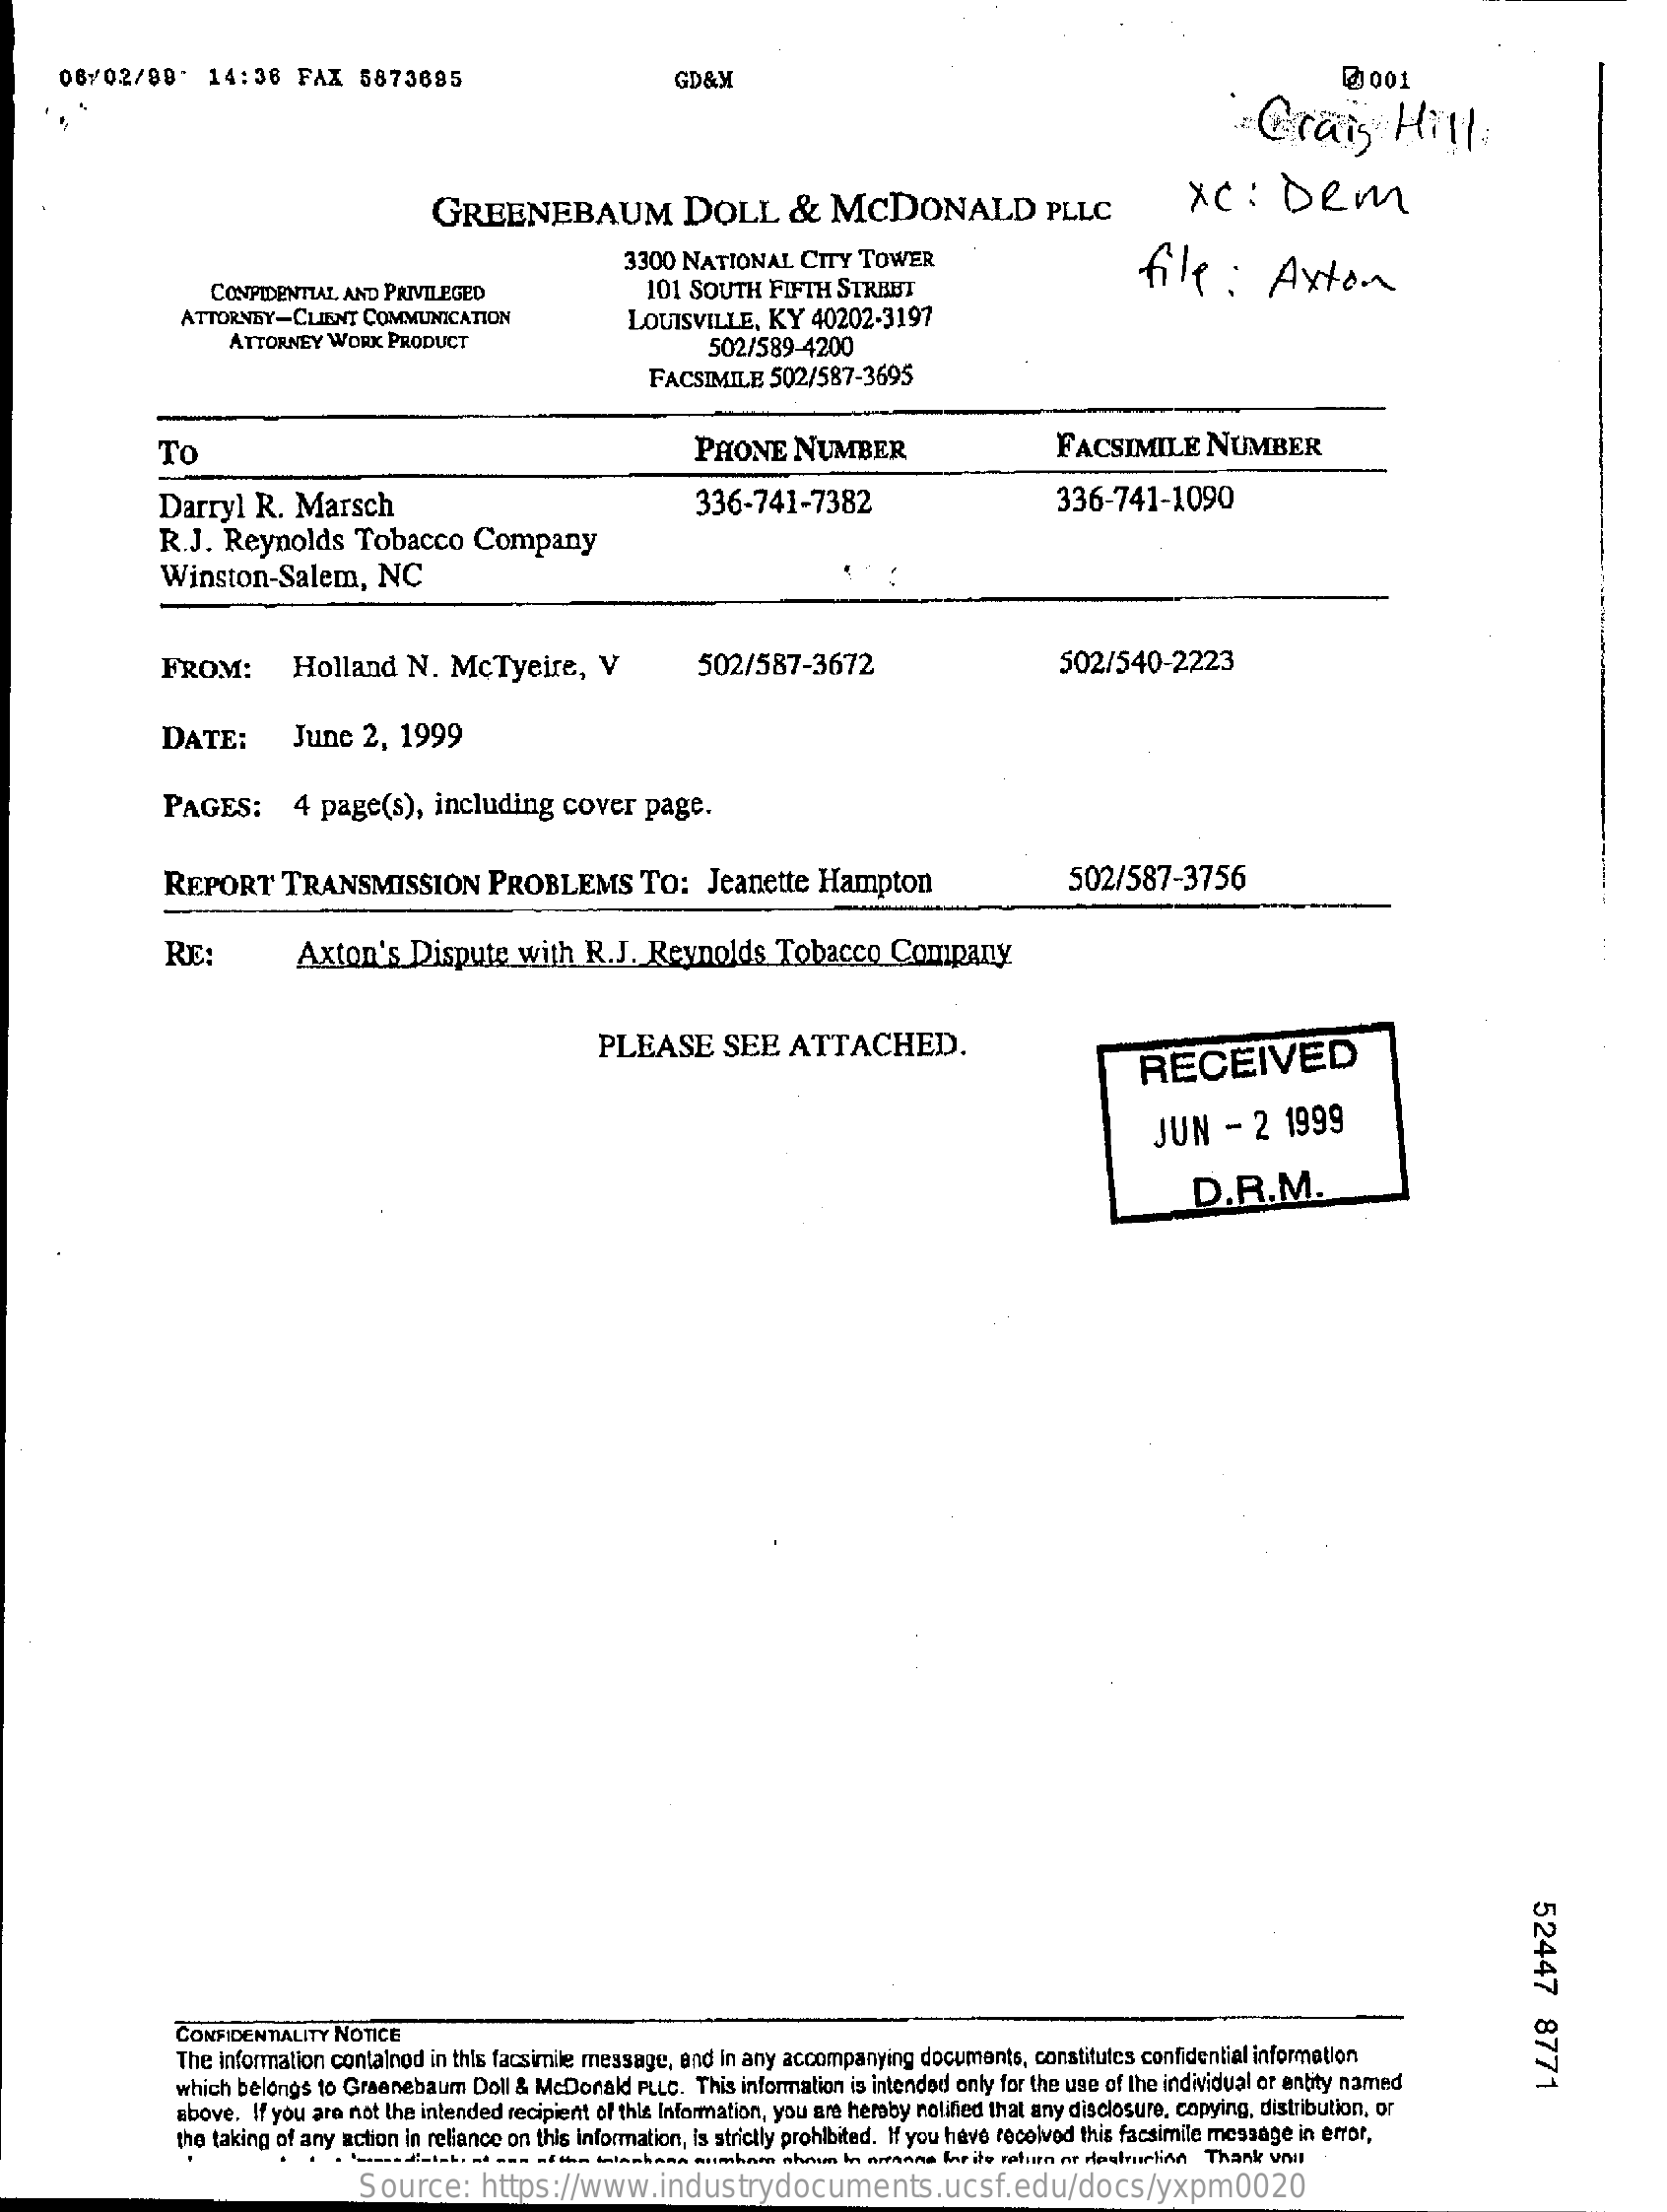
06/02/98"    14:36    FAX   5873685    GD&M    2001
     Craig    Hill
     GREENEBAUM    DOLL    &   MCDONALD    PLLC    XC   :   DRM
     3300 NATIONAL    CITY TOWER    file    :  Axton
     CONFIDENTIAL AND PRIVILEGED    101 SOUTH   FIFTH STREET
     ATTORNEY-CLIENT COMMUNICATION
     ATTORNEY WORK  PRODUCT
     LOUISVILLE,  KY  40202-3197
     502/589-4200
     FACSIMILE  502/587-3695
     To    PHONE    NUMBER    FACSIMILE    NUMBER
     Darryl   R.  Marsch    336-741-7382    336-741-1090
     R.J.  Reynolds    Tobacco   Company
     Winston-Salem,    NC
     FROM:    Holland    N.  McTyeire,    V    502/587-3672    502/540-2223
     DATE:    June  2,  1999
     PAGES:    4 page(s),   including   cover   page.
     REPORT    TRANSMISSION    PROBLEMS    TO:   Jeanette  Hampton    502/587-3756
     RE:    Axton's    Dispute   with  R.J.  Reynolds    Tobacco    Company
     PLEASE    SEE    ATTACHED.    RECEIVED
     JUN    -  2 1999
     D.R.M.
     52447
     8771
     CONFIDENTIALITY NOTICE
     The information containod in this facsimile message, and in any accompanying documents, constitutes confidential information
     which belongs to Graanebaum Doll & McDonald PLLC. This information is intended only for the use of the individual or entity named
     above. If you are not the intended recipient of this Information, you are hereby notified that any disclosure, copying, distribution, or
     the taking of any action in reliance on this information, is strictly prohibited. If you have received this facsimile message in error,
     Source:    https://www.industrydocuments.ucsf.edu/docs/yxpm0020